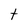
Character: t